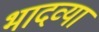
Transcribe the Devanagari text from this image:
भादव्या